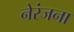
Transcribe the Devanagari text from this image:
नेरंजना